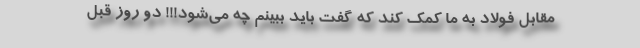
مقابل فولاد به ما کمک کند که گفت باید ببینم چه می‌شود!!! دو روز قبل